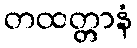
တထတ္တာနံ